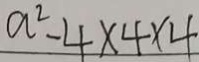
a ^ { 2 } - 4 \times 4 \times 4